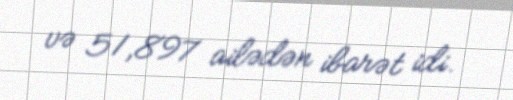
və 51,897 ailədən ibarət idi.